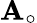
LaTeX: \mathbf{A}_{\circ}